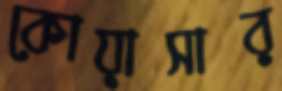
কোয়াসার